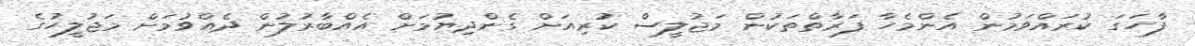
ފާހަގަ ކުރައްވަމުން އެންމެހާ ފަރާތްތަކުން މަޖުލީސް ކުރިއަށް ގެންދިޔުމަށް އެއްބާރުލުން ދެއްވުމަށް މަޖުލީހުގެ